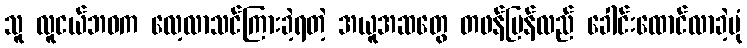
သူ လူငယ်ဘဝက လေ့လာသင်ကြားခဲ့ရတဲ့ အယူအဆတွေ တဖန်ပြန်လည် ခေါင်းထောင်လာခဲ့ပုံ